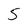
Character: 5